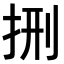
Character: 𭠩